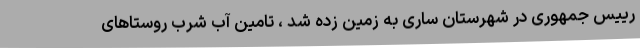
رییس جمهوری در شهرستان ساری به زمین زده شد ، تامین آب شرب روستاهای